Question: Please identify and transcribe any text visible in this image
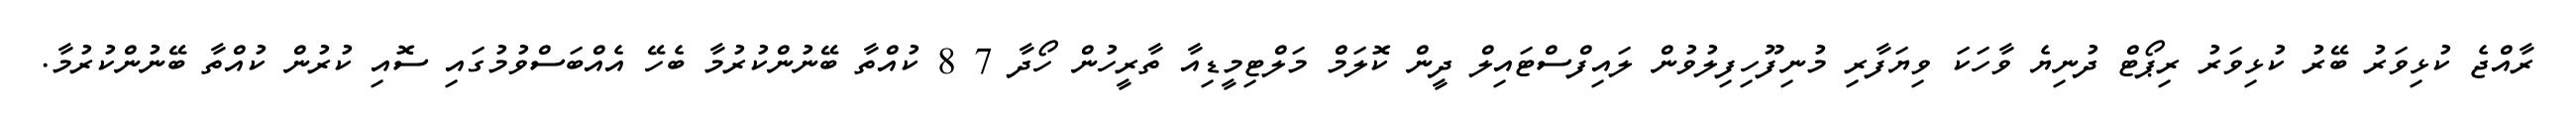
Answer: ރާއްޖެ ކުޅިވަރު ބޭރު ކުޅިވަރު ރިޕޯޓް ދުނިޔެ ވާހަކަ ވިޔަފާރި މުނިފޫހިފިލުވުން ލައިފްސްޓައިލް ދީން ކޮލަމް މަލްޓިމީޑިއާ ތާރީހުން ހޯދާ 7 8 ކުއްތާ ބޭނުންކުރުމާ ބެހޭ އެއްބަސްވުމުގައި ސޮއި ކުރުން ކުއްތާ ބޭނުންކުރުމާ.